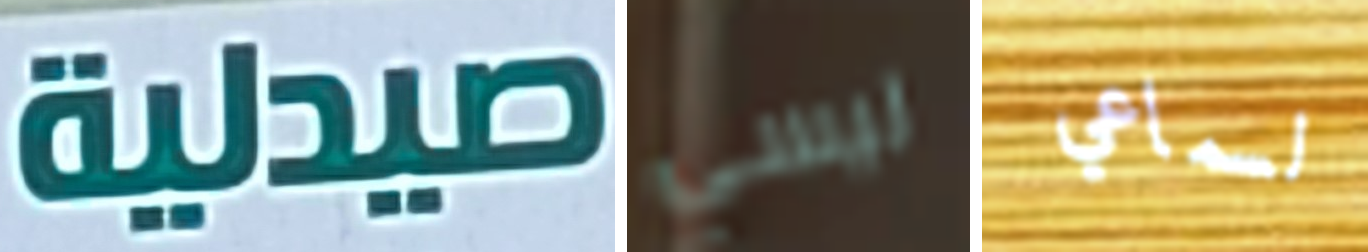
صيدلية ليسي لسماعي